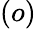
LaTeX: (o)